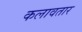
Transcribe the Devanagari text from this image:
कलावतार